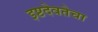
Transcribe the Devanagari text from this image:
इष्टदेवतेचा